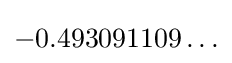
-0.493091109\ldots